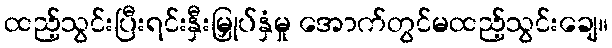
ထည့်သွင်းပြီးရင်းနှီးမြှုပ်နှံမှု အောက်တွင်မထည့်သွင်းချေ။